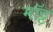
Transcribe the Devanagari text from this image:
मॉट्ट